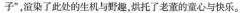
子”渲染了此处的生机与野趣,烘托了老董的童心与快乐。